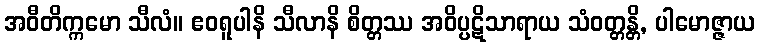
အဝီတိက္ကမော သီလံ။ ဧဝရူပါနိ သီလာနိ စိတ္တဿ အဝိပ္ပဋိသာရာယ သံဝတ္တန္တိ, ပါမောဇ္ဇာယ